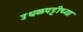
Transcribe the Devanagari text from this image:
उधळपट्टीच्या